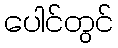
ပေါင်တွင်